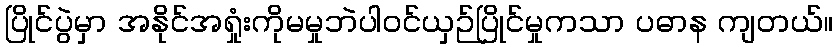
ပြိုင်ပွဲမှာ အနိုင်အရှုံးကိုမမှုဘဲပါဝင်ယှဉ်ပြိုင်မှုကသာ ပဓာန ကျတယ်။